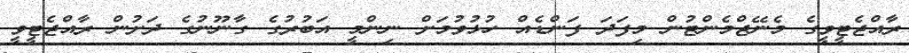
ރާއްޖެޓީވީގެ މެނޭޖްމެންޓުން މިފަދަ ފަންޑެއް ހުޅުވުމަށް ނިންމީ އަބުރުގެ ގާނޫނުގެ ދަށުން ރާއްޖެޓީވީ